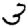
Digit: 3